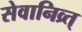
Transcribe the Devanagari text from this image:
सेवानिव्र्त्